Vaccination in Burma 1920-1933 - 1920-1933
Year: 1920
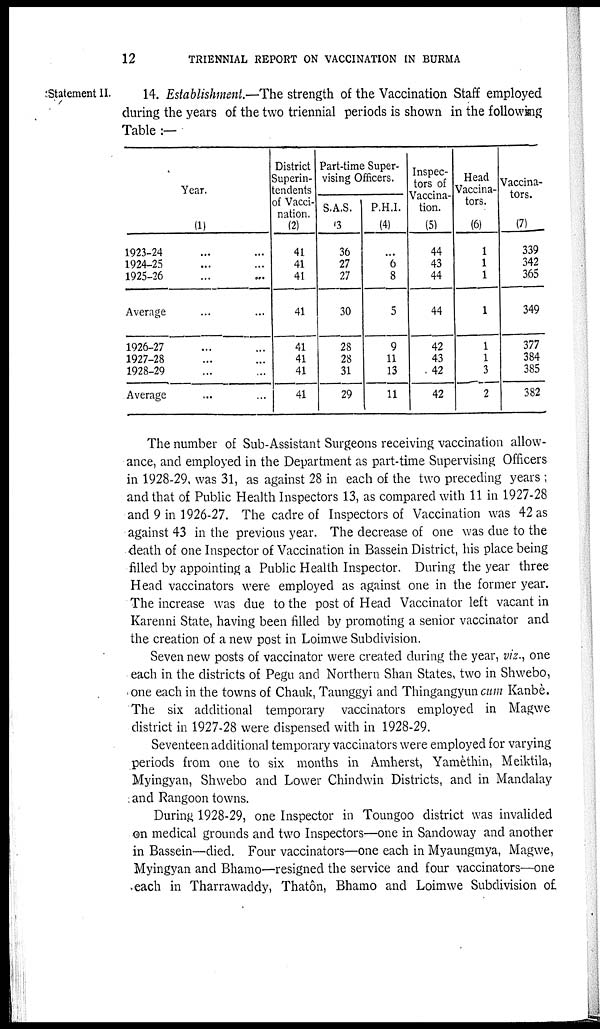
12
TRIENNIAL REPORT ON VACCINATION IN BURMA
Statement II.
14. Establishment.—The strength of the Vaccination Staff employed
during the years of the two triennial periods is shown in the following
Table:—
Year.
(1)
1923-24 ... ...
1924-25 ... ...
1925-26 ... ...
Average ... ...
1926-27 ... ...
1927-28 ... ...
1928-29 ... ...
Average ... ...
District
Superin-
tendents
of Vacci-
nation.
(2)
41
41
41
41
41
41
41
41
Part-time Super-
vising Officers.
S.A.S.
(3)
36
27
27
30
28
28
31
29
P.H.I.
(4)
...
6
8
5
9
11
13
11
Inspec-
tors of
Vaccina-
tion.
(5)
44
43
44
44
42
43
42
42
Head
Vaccina-
tors.
(6)
1
1
1
1
1
1
3
2
Vaccina-
tors.
(7)
339
342
365
349
377
384
385
382
The number of Sub-Assistant Surgeons receiving vaccination allow-
ance, and employed in the Department as part-time Supervising Officers
in 1928-29, was 31, as against 28 in each of the two preceding years ;
and that of Public Health Inspectors 13, as compared with 11 in 1927-28
and 9 in 1926-27. The cadre of Inspectors of Vaccination was 42 as
against 43 in the previous year. The decrease of one was due to the
death of one Inspector of Vaccination in Bassein District, his place being
filled by appointing a Public Health Inspector. During the year three
Head vaccinators were employed as against one in the former year.
The increase was due to the post of Head Vaccinator left vacant in
Karenni State, having been filled by promoting a senior vaccinator and
the creation of a new post in Loimwe Subdivision.
Seven new posts of vaccinator were created during the year, viz., one
each in the districts of Pegu and Northern Shan States, two in Shwebo,
one each in the towns of Chauk, Taunggyi and Thingangyun cum Kanbè.
The six additional temporary vaccinators employed in Magwe
district in 1927-28 were dispensed with in 1928-29.
Seventeen additional temporary vaccinators were employed for varying
periods from one to six months in Amherst, Yamèthin, Meiktila,
Myingyan, Shwebo and Lower Chindwin Districts, and in Mandalay
and Rangoon towns.
During 1928-29, one Inspector in Toungoo district was invalided
on medical grounds and two Inspectors—one in Sandoway and another
in Bassein—died. Four vaccinators—one each in Myaungmya, Magwe,
Myingyan and Bhamo—resigned the service and four vaccinators—one
each in Tharrawaddy, Thatôn, Bhamo and Loimwe Subdivision of